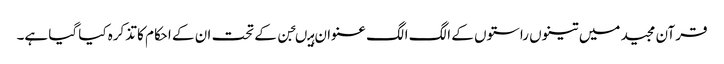
قرآن مجید میں تینوں راستوں کے الگ الگ عنوان ہیںجن کے تحت ان کے احکام کا تذکرہ کیا گیا ہے۔